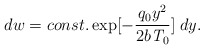
\begin{align*}dw=const. \exp[-\frac{q_0 y^2}{2b{\it T}_0}]\;dy.\end{align*}